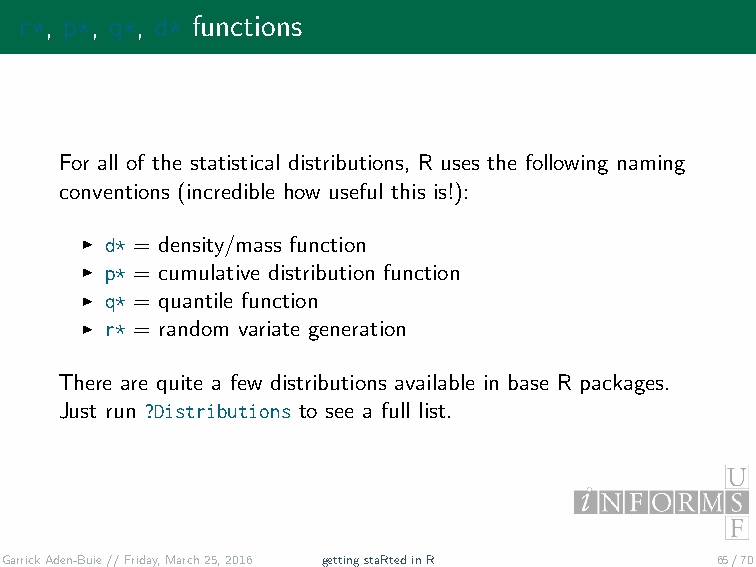
r*, p*, q*, d* functions
 For all of the statistical distributions, R uses the following naming
 conventions (incredible how useful this is!):
 ˇ d* = density/mass function
 ˇ p* = cumulative distribution function
 ˇ q* = quantile function
 ˇ r* = random variate generation
 There are quite a few distributions available in base R packages.
 Just run ?Distributions to see a full list.
 GarrickAden-Buie//Friday,March25,2016 gettingstaRtedinR 65/70